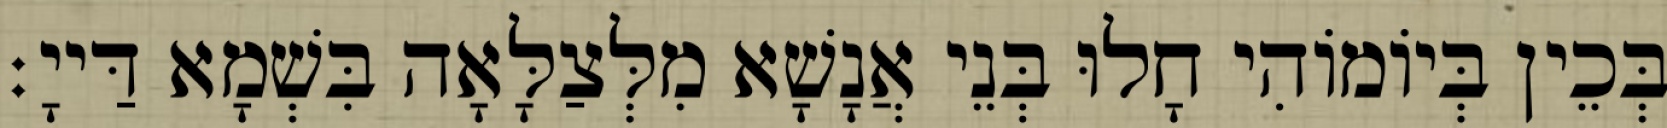
בְּכֵין בְּיוֹמוֹהִי חָלוּ בְּנֵי אֲנָשָׁא מִלְּצַלָּאָה בִּשְׁמָא דַּייָ׃